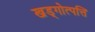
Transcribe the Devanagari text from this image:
खड्गोत्पत्ति